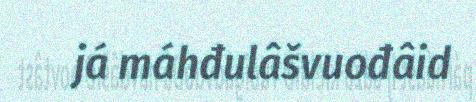
já máhđulâšvuođâid